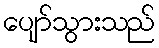
ပျော်သွားသည်